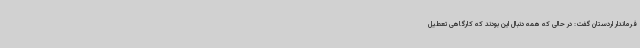
فرماندار اردستان گفت: در حالی که همه دنبال این بودند که کارگاهی تعطیل